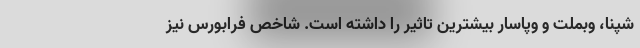
شپنا، وبملت و وپاسار بیشترین تاثیر را داشته است. شاخص فرابورس نیز